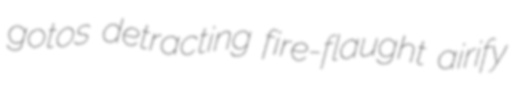
gotos detracting fire-flaught airify